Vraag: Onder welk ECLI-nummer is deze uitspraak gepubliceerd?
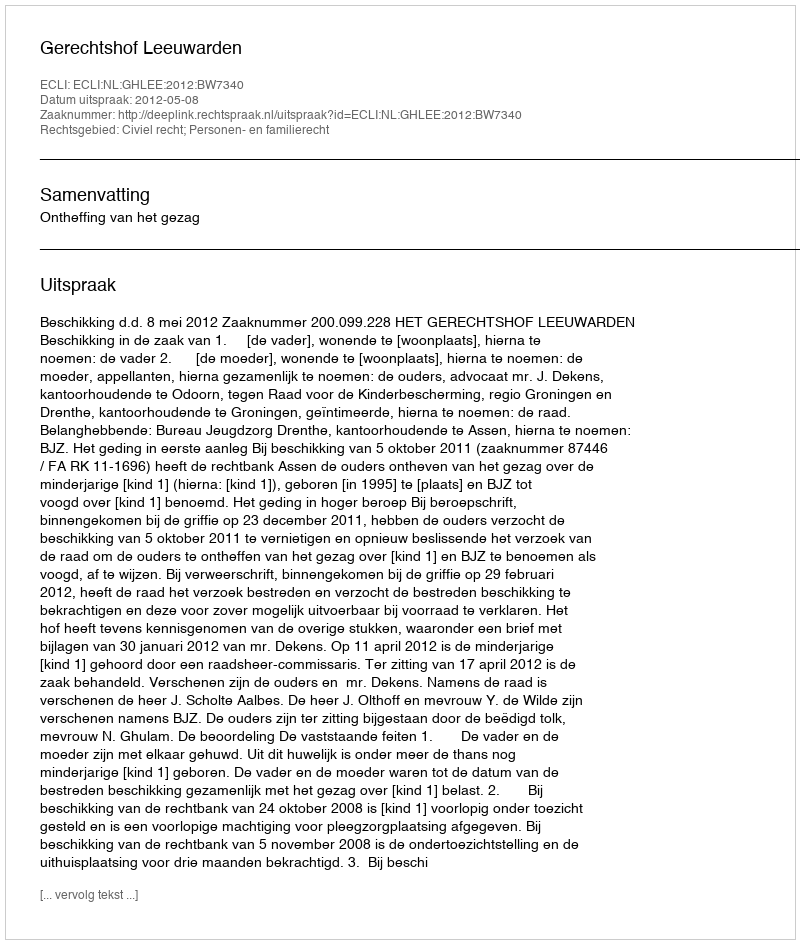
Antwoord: ECLI:NL:GHLEE:2012:BW7340